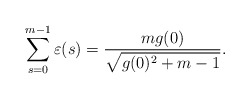
\begin{align*}\sum\limits_{s=0}^{m-1}\varepsilon(s)=\frac{mg(0)}{\sqrt{g(0)^2+m-1}}.\end{align*}